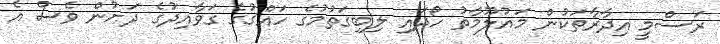
ރަސްމީ އިދާރާތަކުން މައުލޫމާތު ހޯދައި ލިބިގަތުމުގެ ހައްގުގެ ގަވާއިދުގެ ދަށުން ވެސް އެ